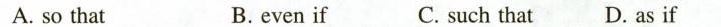
A. so that B. even if C. such that D. as if